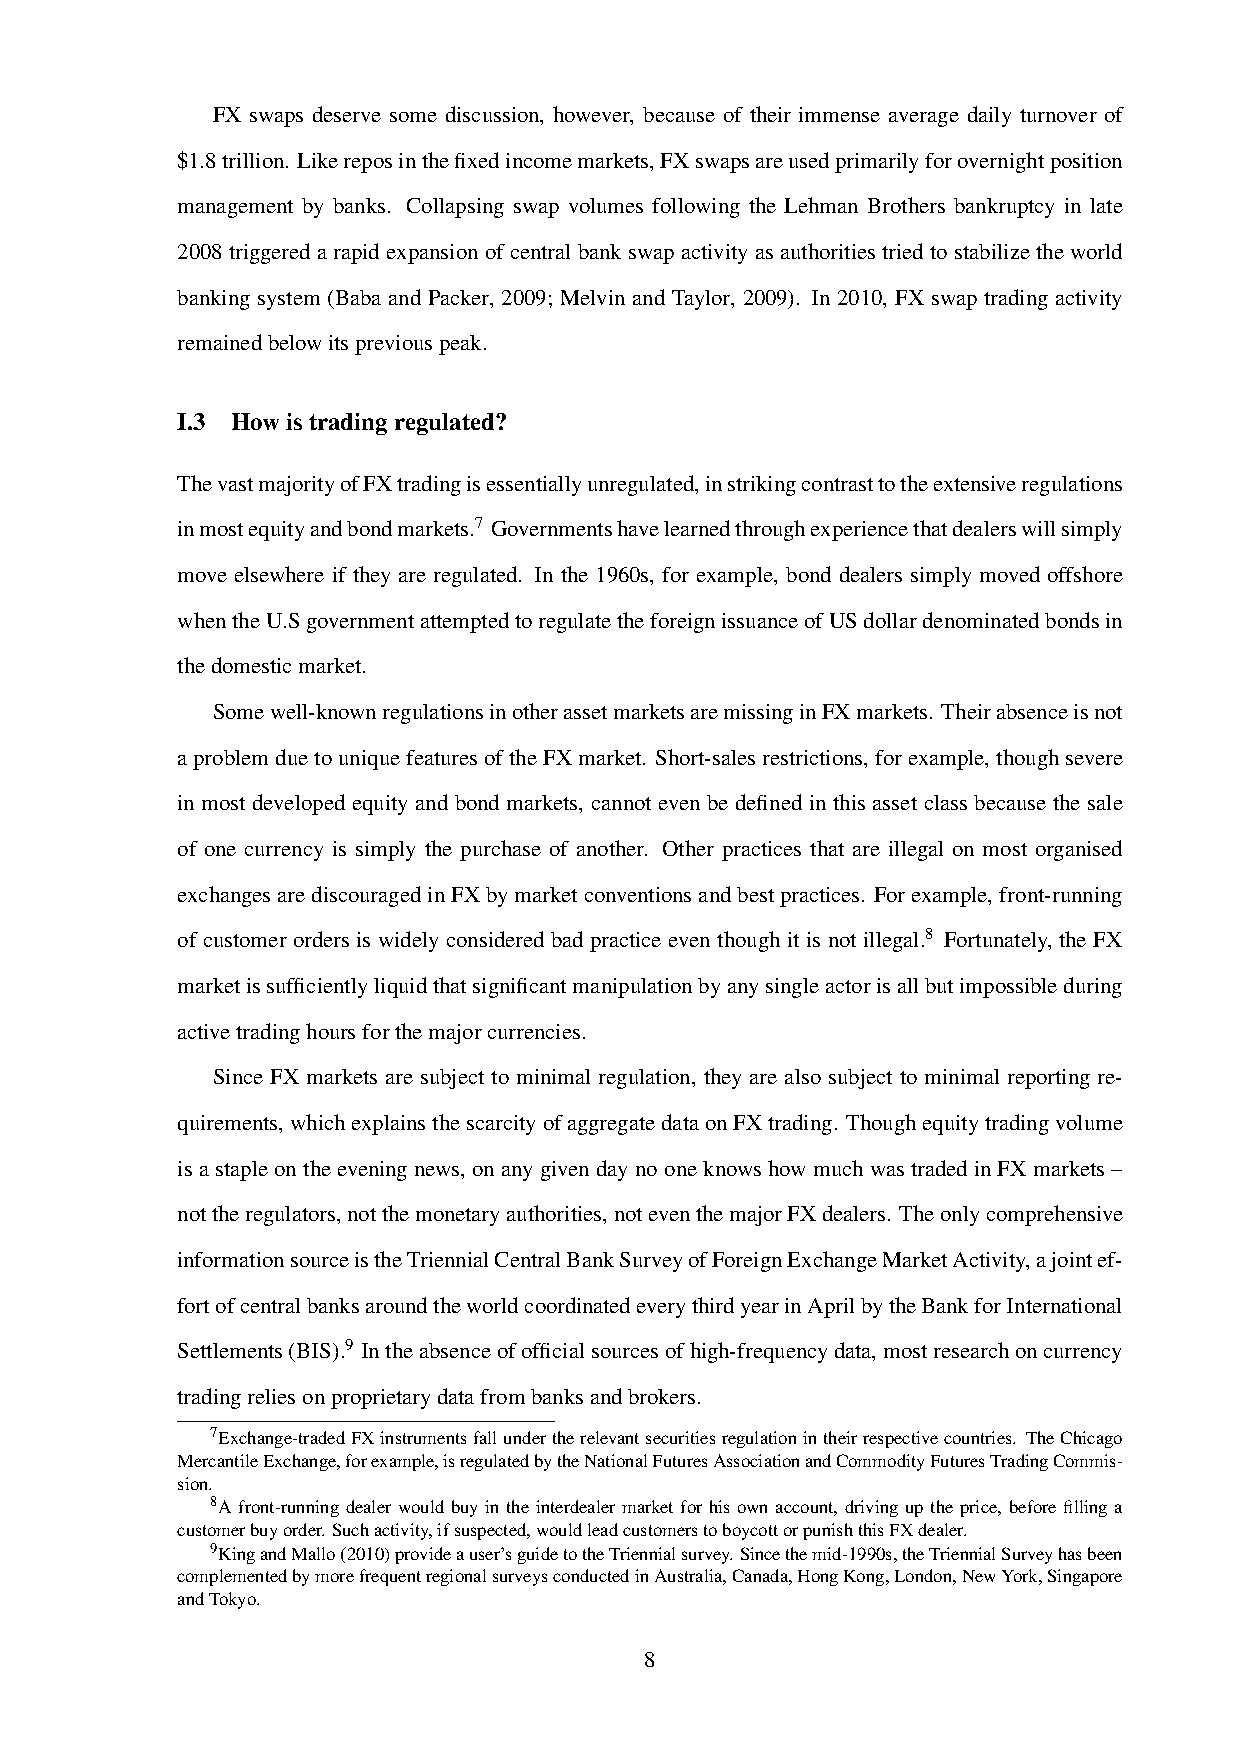
FX swaps deserve some discussion, however, because of their immense average daily turnover of
 $1.8trillion. Likereposinthefixedincomemarkets,FXswapsareusedprimarilyforovernightposition
 management by banks. Collapsing swap volumes following the Lehman Brothers bankruptcy in late
 2008triggeredarapidexpansionofcentralbankswapactivityasauthoritiestriedtostabilizetheworld
 banking system (Baba and Packer, 2009; Melvin and Taylor, 2009). In 2010, FX swap trading activity
 remainedbelowitspreviouspeak.
 I.3 Howistradingregulated?
 ThevastmajorityofFXtradingisessentiallyunregulated,instrikingcontrasttotheextensiveregulations
 inmostequityandbondmarkets.7 Governmentshavelearnedthroughexperiencethatdealerswillsimply
 move elsewhere if they are regulated. In the 1960s, for example, bond dealers simply moved offshore
 whentheU.SgovernmentattemptedtoregulatetheforeignissuanceofUSdollardenominatedbondsin
 thedomesticmarket.
 Somewell-knownregulationsinotherassetmarketsaremissinginFXmarkets. Theirabsenceisnot
 aproblemduetouniquefeaturesoftheFXmarket. Short-salesrestrictions,forexample,thoughsevere
 in most developed equity and bond markets, cannot even be defined in this asset class because the sale
 of one currency is simply the purchase of another. Other practices that are illegal on most organised
 exchangesarediscouragedinFXbymarketconventionsandbestpractices. Forexample,front-running
 of customer orders is widely considered bad practice even though it is not illegal.8 Fortunately, the FX
 marketissufficientlyliquidthatsignificantmanipulationbyanysingleactorisallbutimpossibleduring
 activetradinghoursforthemajorcurrencies.
 Since FX markets are subject to minimal regulation, they are also subject to minimal reporting re-
 quirements,whichexplainsthescarcityofaggregatedataonFXtrading. Thoughequitytradingvolume
 isastapleontheeveningnews, onanygivendaynooneknowshowmuchwastradedinFXmarkets–
 nottheregulators,notthemonetaryauthorities,noteventhemajorFXdealers. Theonlycomprehensive
 informationsourceistheTriennialCentralBankSurveyofForeignExchangeMarketActivity,ajointef-
 fortofcentralbanksaroundtheworldcoordinatedeverythirdyearinAprilbytheBankforInternational
 Settlements(BIS).9 Intheabsenceofofficialsourcesofhigh-frequencydata,mostresearchoncurrency
 tradingreliesonproprietarydatafrombanksandbrokers.
 7Exchange-tradedFXinstrumentsfallundertherelevantsecuritiesregulationintheirrespectivecountries. TheChicago
 MercantileExchange,forexample,isregulatedbytheNationalFuturesAssociationandCommodityFuturesTradingCommis-
 sion.
 8A front-running dealer would buy in the interdealer market for his own account, driving up the price, before filling a
 customerbuyorder.Suchactivity,ifsuspected,wouldleadcustomerstoboycottorpunishthisFXdealer.
 9KingandMallo(2010)provideauser’sguidetotheTriennialsurvey.Sincethemid-1990s,theTriennialSurveyhasbeen
 complementedbymorefrequentregionalsurveysconductedinAustralia,Canada,HongKong,London,NewYork,Singapore
 andTokyo.
 8